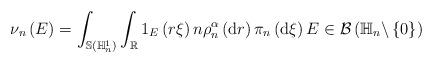
LaTeX: \begin{align*}\nu_{n}\left( E\right) =\int_{\mathbb{S}(\mathbb{H}_{n}^{1})}\int_{\mathbb{R}}1_{E}\left( r\xi \right) n\rho_{n}^{\alpha}\left( \mathrm{d}r\right) \pi_{n}\left( \mathrm{d}\xi \right) E\in \mathcal{B}\left( \mathbb{H}_{n}\backslash \left \{ 0\right \} \right) \end{align*}